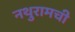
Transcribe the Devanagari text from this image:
नथुरामची